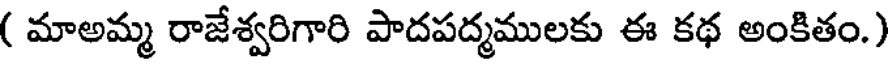
( మాఅమ్మ రాజేశ్వరిగారి పాదపద్మములకు ఈ కథ అంకితం.)